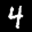
Label: 4